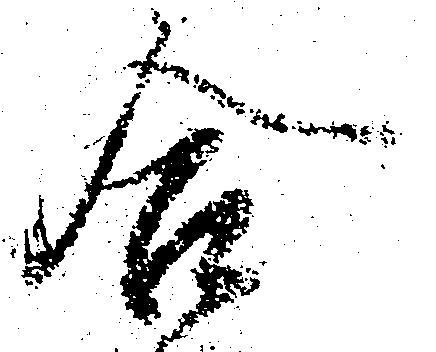
合